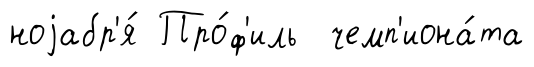
ноjабр'я́ Про́ф'иль чемп'иона́та